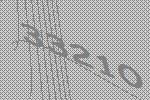
33210